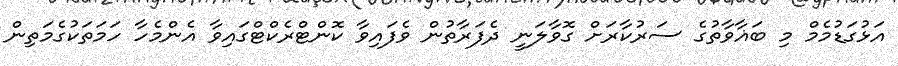
އަޅުގަޑުމެމް މި ބަޣާވާތުގެ ސަރުކާރަށް ގޮވާލަނީ ދެފަރާތުން ވެފައިވާ ކޮންޓްރެކްޓްގައިވާ އެންމެހާ ހަމަތަކުގެމަތިން